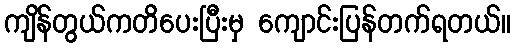
ကျိန်တွယ်ကတိပေးပြီးမှ ကျောင်းပြန်တက်ရတယ်။